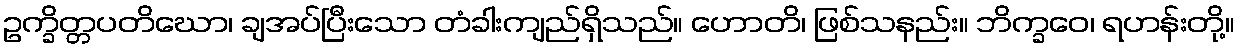
ဥက္ခိတ္တပတိဃော၊ ချအပ်ပြီးသော တံခါးကျည်ရှိသည်။ ဟောတိ၊ ဖြစ်သနည်း။ ဘိက္ခဝေ၊ ရဟန်းတို့။